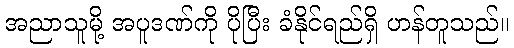
အညာသူမို့ အပူဒဏ်ကို ပိုပြီး ခံနိုင်ရည်ရှိ ဟန်တူသည်။